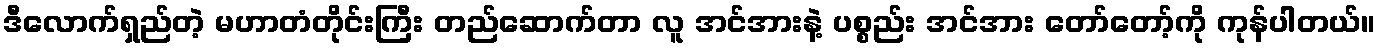
ဒီလောက်ရှည်တဲ့ မဟာတံတိုင်းကြီး တည်ဆောက်တာ လူ အင်အားနဲ့ ပစ္စည်း အင်အား တော်တော့်ကို ကုန်ပါတယ်။